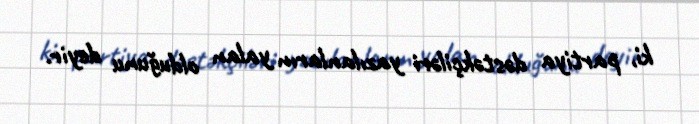
ki, partiya dəstəkçiləri yazılanların yalan olduğunu deyir.